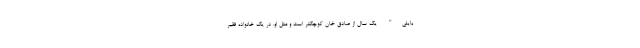
بایلی" یک سال از صادق خان کوچکتر است و مثل او، در یک خانواده فقیر